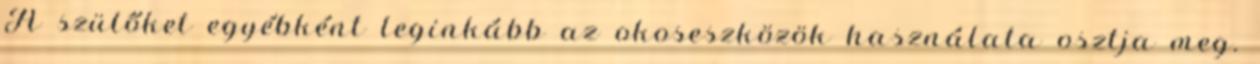
A szülőket egyébként leginkább az okoseszközök használata osztja meg.